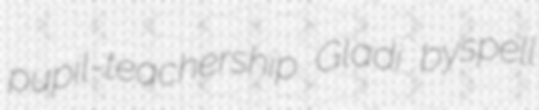
pupil-teachership Gladi byspell